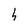
Character: h